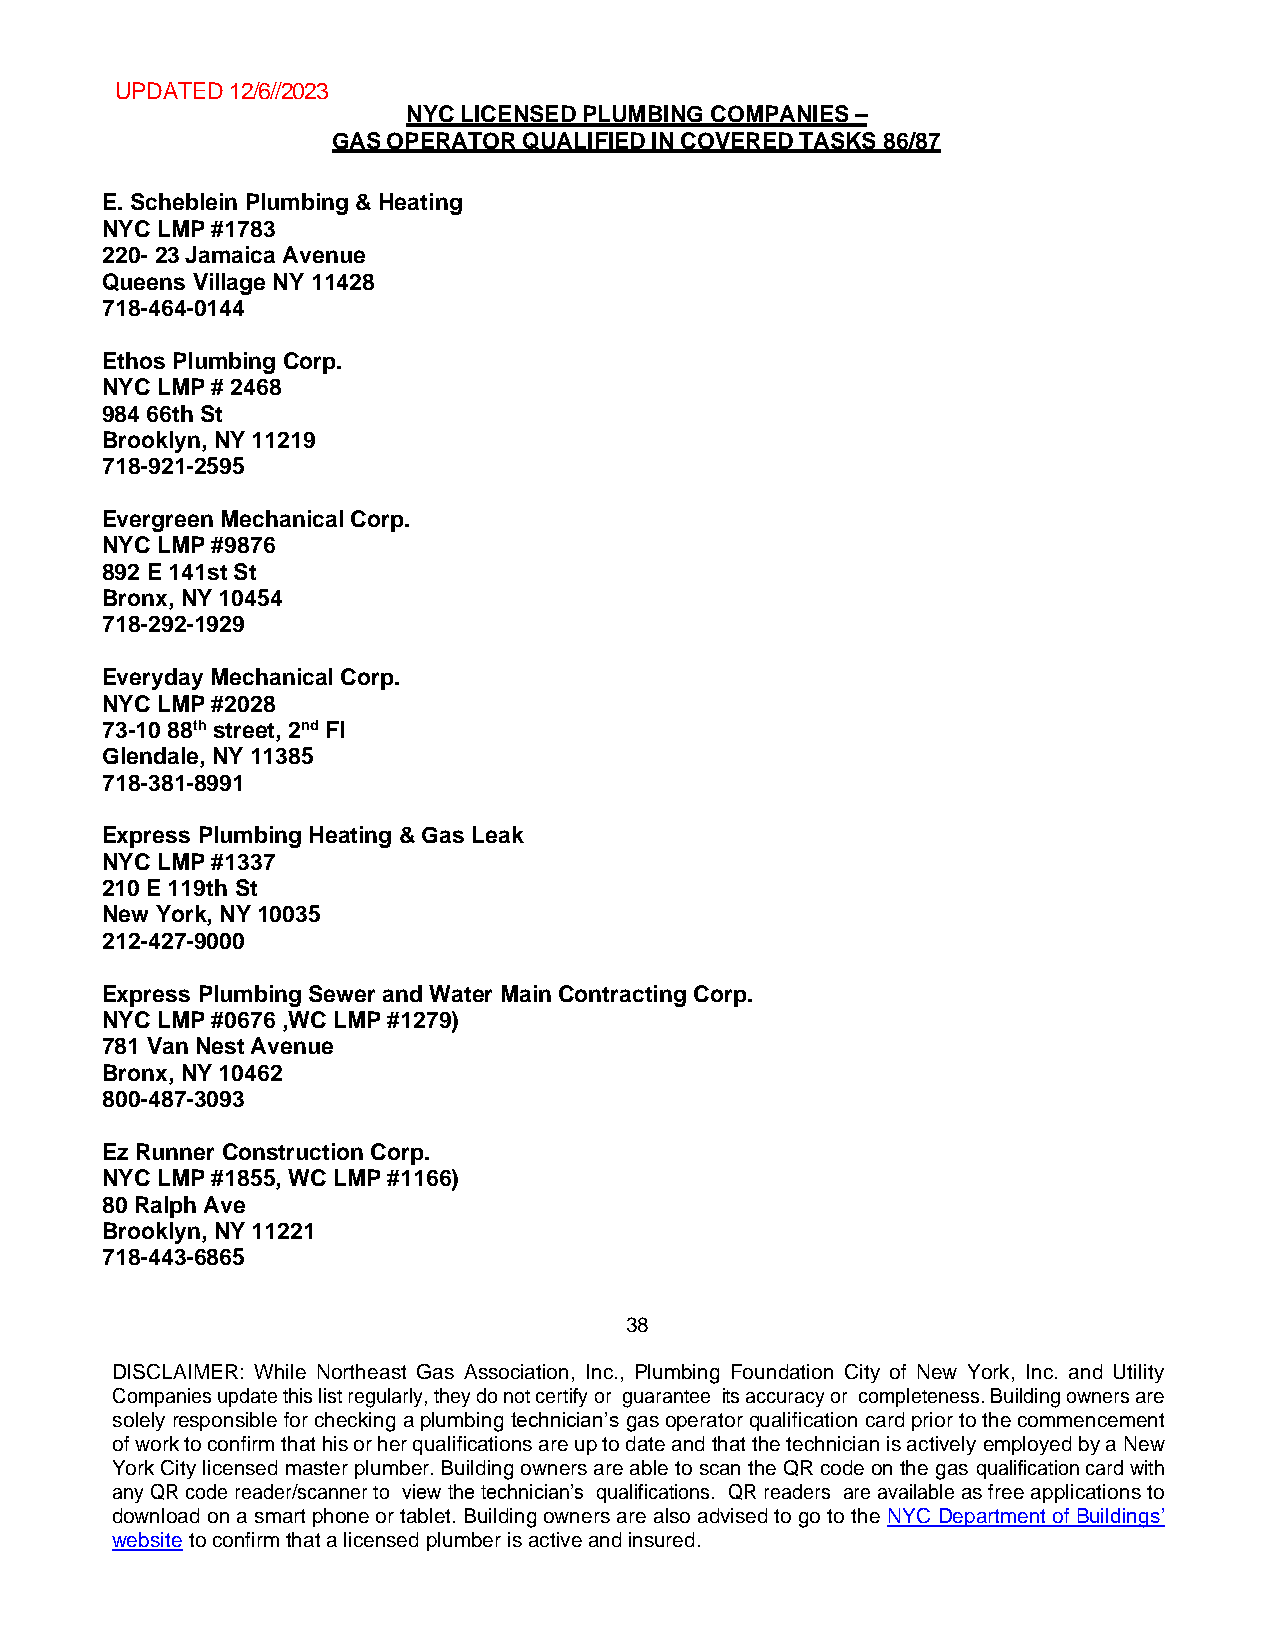
UPDATED 12/6//2023
 NYC LICENSED PLUMBING COMPANIES –
 GAS OPERATOR QUALIFIED IN COVERED TASKS 86/87
 E. Scheblein Plumbing & Heating
 NYC LMP #1783
 220- 23 Jamaica Avenue
 Queens Village NY 11428
 718-464-0144
 Ethos Plumbing Corp.
 NYC LMP # 2468
 984 66th St
 Brooklyn, NY 11219
 718-921-2595
 Evergreen Mechanical Corp.
 NYC LMP #9876
 892 E 141st St
 Bronx, NY 10454
 718-292-1929
 Everyday Mechanical Corp.
 NYC LMP #2028
 73-10 88th street, 2nd Fl
 Glendale, NY 11385
 718-381-8991
 Express Plumbing Heating & Gas Leak
 NYC LMP #1337
 210 E 119th St
 New York, NY 10035
 212-427-9000
 Express Plumbing Sewer and Water Main Contracting Corp.
 NYC LMP #0676 ,WC LMP #1279)
 781 Van Nest Avenue
 Bronx, NY 10462
 800-487-3093
 Ez Runner Construction Corp.
 NYC LMP #1855, WC LMP #1166)
 80 Ralph Ave
 Brooklyn, NY 11221
 718-443-6865
 38
 DISCLAIMER: While Northeast Gas Association, Inc., Plumbing Foundation City of New York, Inc. and Utility
 Companies update this list regularly, they do not certify or guarantee its accuracy or completeness. Building owners are
 solely responsible for checking a plumbing technician’s gas operator qualification card prior to the commencement
 of work to confirm that his or her qualifications are up to date and that the technician is actively employed by a New
 York City licensed master plumber. Building owners are able to scan the QR code on the gas qualification card with
 any QR code reader/scanner to view the technician’s qualifications. QR readers are available as free applications to
 download on a smart phone or tablet. Building owners are also advised to go to the NYC Department of Buildings’
 website to confirm that a licensed plumber is active and insured.